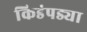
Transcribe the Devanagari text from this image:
किडंपड्या